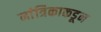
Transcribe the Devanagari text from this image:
मांत्रिकाकडून